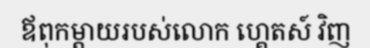
ឪពុកម្តាយរបស់លោក ហ្គេតស៍ វិញ